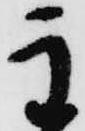
主